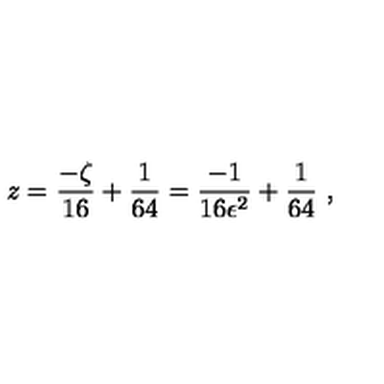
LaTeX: z = \frac { - \zeta } { 1 6 } + \frac { 1 } { 6 4 } = \frac { - 1 } { 1 6 \epsilon ^ { 2 } } + \frac { 1 } { 6 4 } \ ,